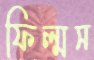
ফিল্মস